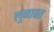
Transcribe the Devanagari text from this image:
लुनावत